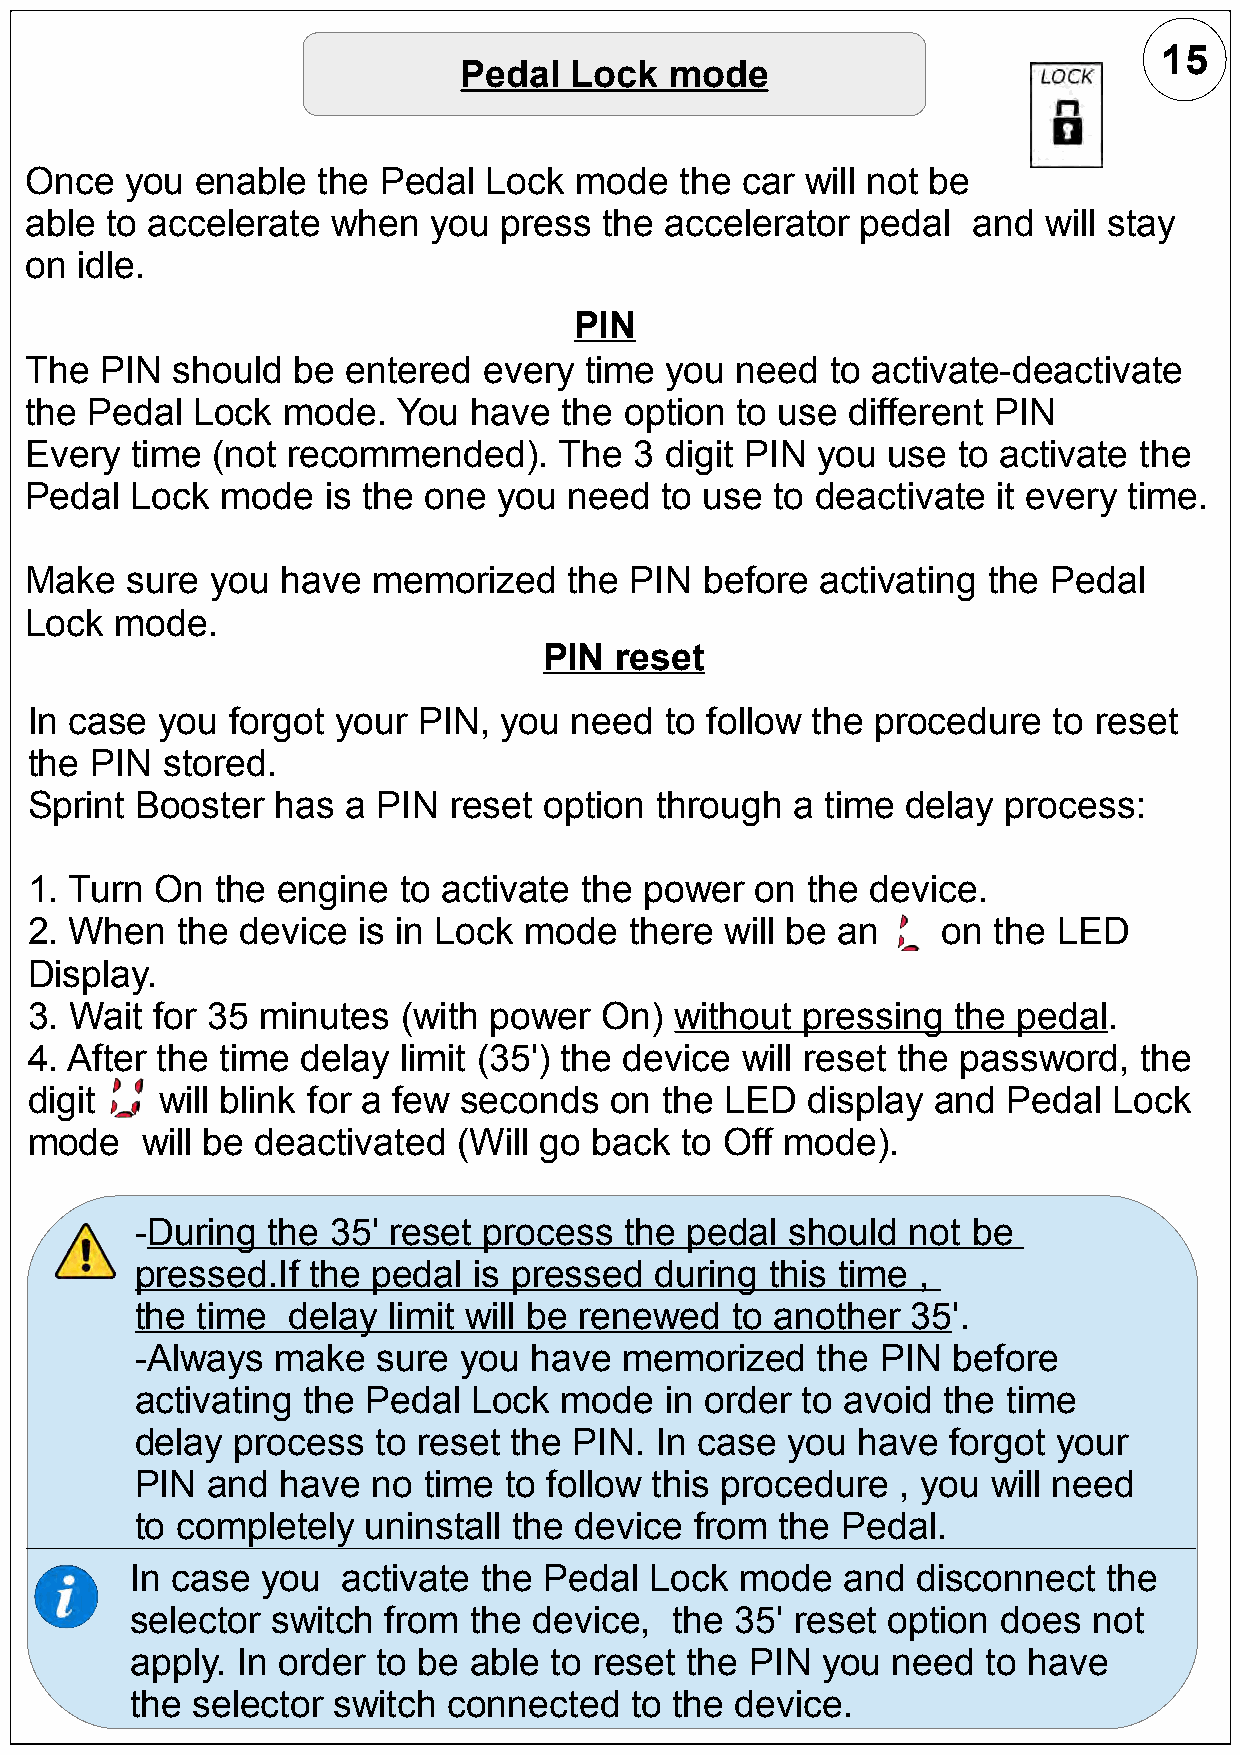
15
 Pedal   Lock  mode
 Once  you  enable  the Pedal  Lock  mode   the car will not be
 able to accelerate  when  you  press  the accelerator  pedal  and  will stay
 on idle.
 PIN
 The  PIN should  be  entered  every  time you  need  to activate-deactivate
 the Pedal  Lock  mode.  You  have  the option  to use different PIN
 Every  time (not recommended).     The  3 digit PIN you  use to activate the
 Pedal  Lock  mode  is the one  you  need  to use to deactivate  it every time.
 Make  sure  you  have  memorized    the PIN  before activating the  Pedal
 Lock  mode.
 PIN  reset
 In case  you forgot your  PIN, you  need  to follow the procedure   to reset
 the PIN  stored.
 Sprint Booster  has  a PIN  reset option through  a  time delay  process:
 1. Turn On  the engine  to activate the  power  on the  device.
 2. When   the device  is in Lock mode   there will be an    on  the LED
 Display.
 3. Wait for 35 minutes   (with power  On)  without pressing  the pedal.
 4. After the time delay limit (35') the device will reset the password,  the
 digit    will blink for a few seconds on  the LED  display  and  Pedal  Lock
 mode   will be deactivated  (Will go back  to Off mode).
 -During  the 35' reset process  the pedal  should  not be
 pressed.If the  pedal is pressed  during  this time ,
 the time  delay  limit will be renewed to another  35'.
 -Always  make   sure you  have  memorized    the PIN  before
 activating the Pedal  Lock  mode   in order to avoid the  time
 delay process   to reset the PIN. In case  you  have  forgot your
 PIN  and  have  no time to follow this procedure   , you will need
 to completely  uninstall the device  from  the Pedal.
 In case you   activate the Pedal  Lock  mode   and  disconnect  the
 selector switch  from the device,   the 35' reset option does  not
 apply. In order to be able to reset the  PIN you  need  to have
 the selector switch  connected   to the device.